Tezpur Lunatic Asylum reports 1895-1904 - 1895-1904
Year: 1895
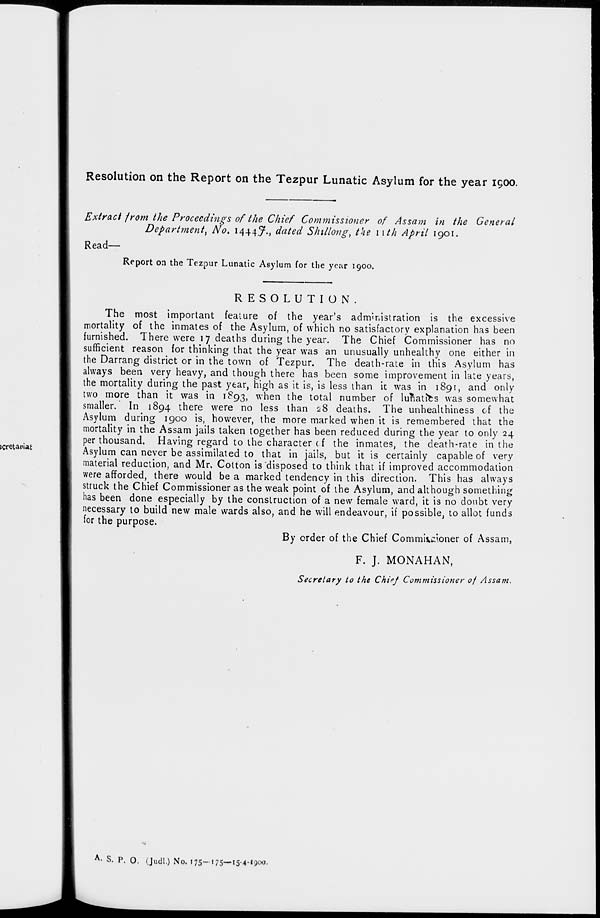
Resolution on the Report on the Tezpur Lunatic Asylum for the year 1900.
Extract from the Proceedings of the Chief Commissioner of Assam in the General
Department, No. 1444.7., dated Shillong, the nth April 1901.
Read-
Report on the Tezpur Lunatic Asylum for the year 1900.
RESOLUTION.
The most important feature of the year's administration is the excessive
mortality of the inmates of the Asylum, of which no satisfactory explanation has been
furnished. There were 17 deaths during the year. The Chief Commissioner has no
sufficient reason for thinking that the year was an unusually unhealthy one either in
the Darrang district or in the town of Tezpur. The death-rate in this Asylum has
always been very heavy, and though there has been some improvement in late years,
the mortality during the past year, high as it is, is less than it was in 1891, and only
two more than it was in 1^93, when the total number of lunatics was somewhat
smaller. In 1894 there were no less than 28 deaths. The unhealthiness of the
Asylum during 1900 is, however, the more marked when it is remembered that the
mortality in the Assam jails taken together has been reduced during the year to only 24
per thousand. Having regard to the character c f the inmates, the death-rate in the
Asylum can never be assimilated to that in jails, but it is certainly capable of very
material reduction, and Mr, Cotton is disposed to think that if improved accommodation
were afforded, there would be a marked tendency in this direction. This has always
struck the Chief Commissioner as the weak point of the Asylum, and although something
has been done especially by the construction of a new female ward, it is no doubt very
necessary to build new male wards also, and he will endeavour, if possible, to allot funds
for the purpose.
By order of the Chief Commk^oner of Assam,
F. J. MONAHAN,
Secretary to the Chief Commissioner of Assam.
A> S. P. 0. (Judl.) No. 175-175—15-4-1900.